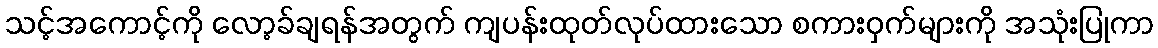
သင့်အကောင့်ကို လော့ခ်ချရန်အတွက် ကျပန်းထုတ်လုပ်ထားသော စကားဝှက်များကို အသုံးပြုကာ